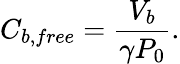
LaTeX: C_{b,free}=\frac{V_{b}}{\gamma P_{0}}.